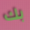
بك